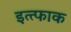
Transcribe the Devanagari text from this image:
इत्त्फाक